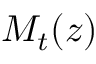
M _ { t } ( z )